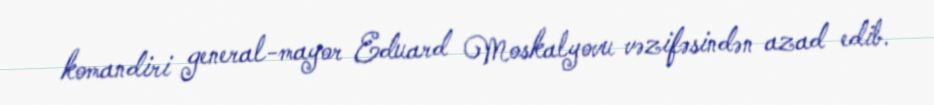
komandiri general-mayor Eduard Moskalyovu vəzifəsindən azad edib.